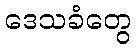
ဒေသခံတွေ